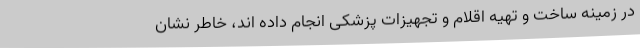
در زمینه ساخت و تهیه اقلام و تجهیزات پزشکی انجام داده اند، خاطر نشان